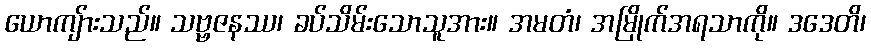
ယောကျ်ားသည်။ သဗ္ဗဇနဿ၊ ခပ်သိမ်းသောသူအား။ အမတံ၊ အမြိုက်အရသာကို။ ဒဒေတိ၊